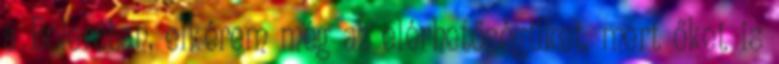
a Boleróban, elkérem még az elérhetőségüket, mert őket is